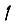
Digit: 1